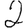
Digit: 2